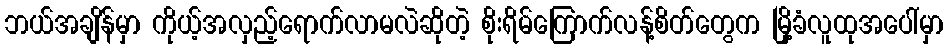
ဘယ်အချိန်မှာ ကိုယ့်အလှည့်ရောက်လာမလဲဆိုတဲ့ စိုးရိမ်ကြောက်လန့်စိတ်တွေက မြို့ခံလူထုအပေါ်မှာ